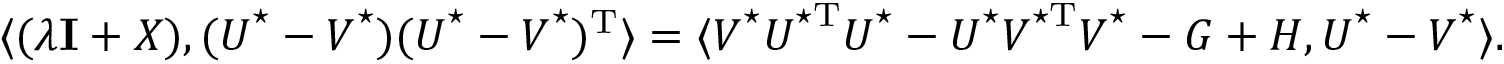
\langle ( \lambda { \bf I } + \boldsymbol { X } ) , ( \boldsymbol { U } ^ { \star } - \boldsymbol { V } ^ { \star } ) ( \boldsymbol { U } ^ { \star } - \boldsymbol { V } ^ { \star } ) ^ { \mathrm { T } } \rangle = \langle \boldsymbol { V } ^ { \star } \boldsymbol { U } ^ { \star \mathrm { T } } \boldsymbol { U } ^ { \star } - \boldsymbol { U } ^ { \star } \boldsymbol { V } ^ { \star \mathrm { T } } \boldsymbol { V } ^ { \star } - \boldsymbol { G } + \boldsymbol { H } , \boldsymbol { U } ^ { \star } - \boldsymbol { V } ^ { \star } \rangle .